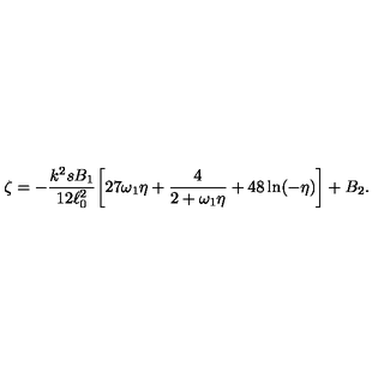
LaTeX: \zeta = - \frac { k ^ { 2 } s B _ { 1 } } { 1 2 \ell _ { 0 } ^ { 2 } } \biggl [ 2 7 \omega _ { 1 } \eta + \frac { 4 } { 2 + \omega _ { 1 } \eta } + 4 8 \ln ( - \eta ) \biggr ] + B _ { 2 } .